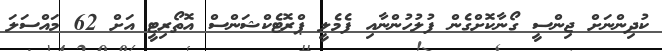
ކުދިންނަށް ޖިންސީ ގޯނާކޮށްގެން ފުލުހުންނާއި ފެމެލީ ޕްރޮޓެކްޝަންސް އޮތޯރިޓީ އަށް 62 މައްސަލަ